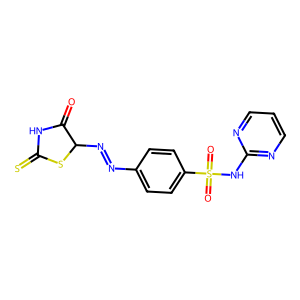
SMILES: O=C1NC(=S)SC1N=Nc1ccc(S(=O)(=O)Nc2ncccn2)cc1
Inhibits HIV replication: No